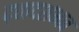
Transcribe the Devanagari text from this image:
द्वादशभाव